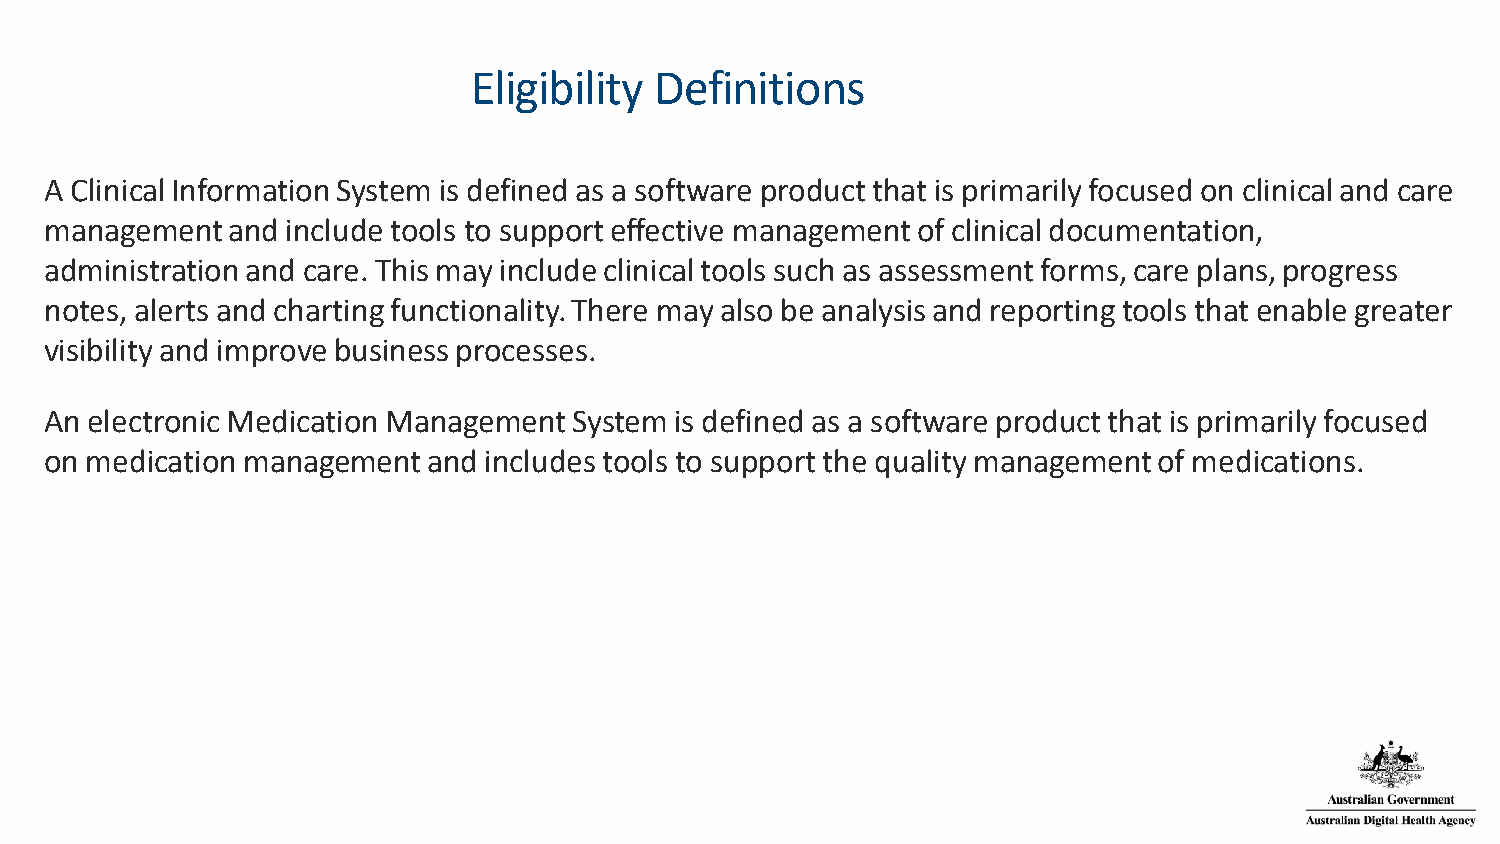
Eligibility Definitions
 A Clinical Information System is defined as a software product that is primarily focused on clinical and care
 management  and include tools to support effective management of clinical documentation,
 administration and care. This may include clinical tools such as assessment forms, care plans, progress
 notes, alerts and charting functionality. There may also be analysis and reporting tools that enable greater
 visibility and improve business processes.
 An electronic Medication Management System is defined as a software product that is primarily focused
 on medication management and includes tools to support the quality management of medications.